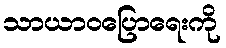
သာယာဝပြောရေးကို